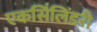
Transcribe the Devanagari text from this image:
एकसिलिंडरी